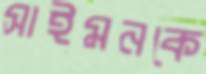
সাইমনকে